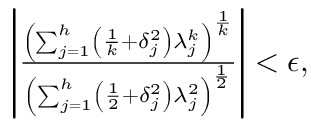
\begin{array} { r l r } & { } & { \left| \frac { \left( \sum _ { j = 1 } ^ { h } \left( \frac { 1 } { k } + \delta _ { j } ^ { 2 } \right) \lambda _ { j } ^ { k } \right) ^ { \frac { 1 } { k } } } { \left( \sum _ { j = 1 } ^ { h } \left( \frac { 1 } { 2 } + \delta _ { j } ^ { 2 } \right) \lambda _ { j } ^ { 2 } \right) ^ { \frac { 1 } { 2 } } } \right| < \epsilon , } \end{array}